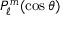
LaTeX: P _ { \ell } ^ { m } ( \cos \theta )